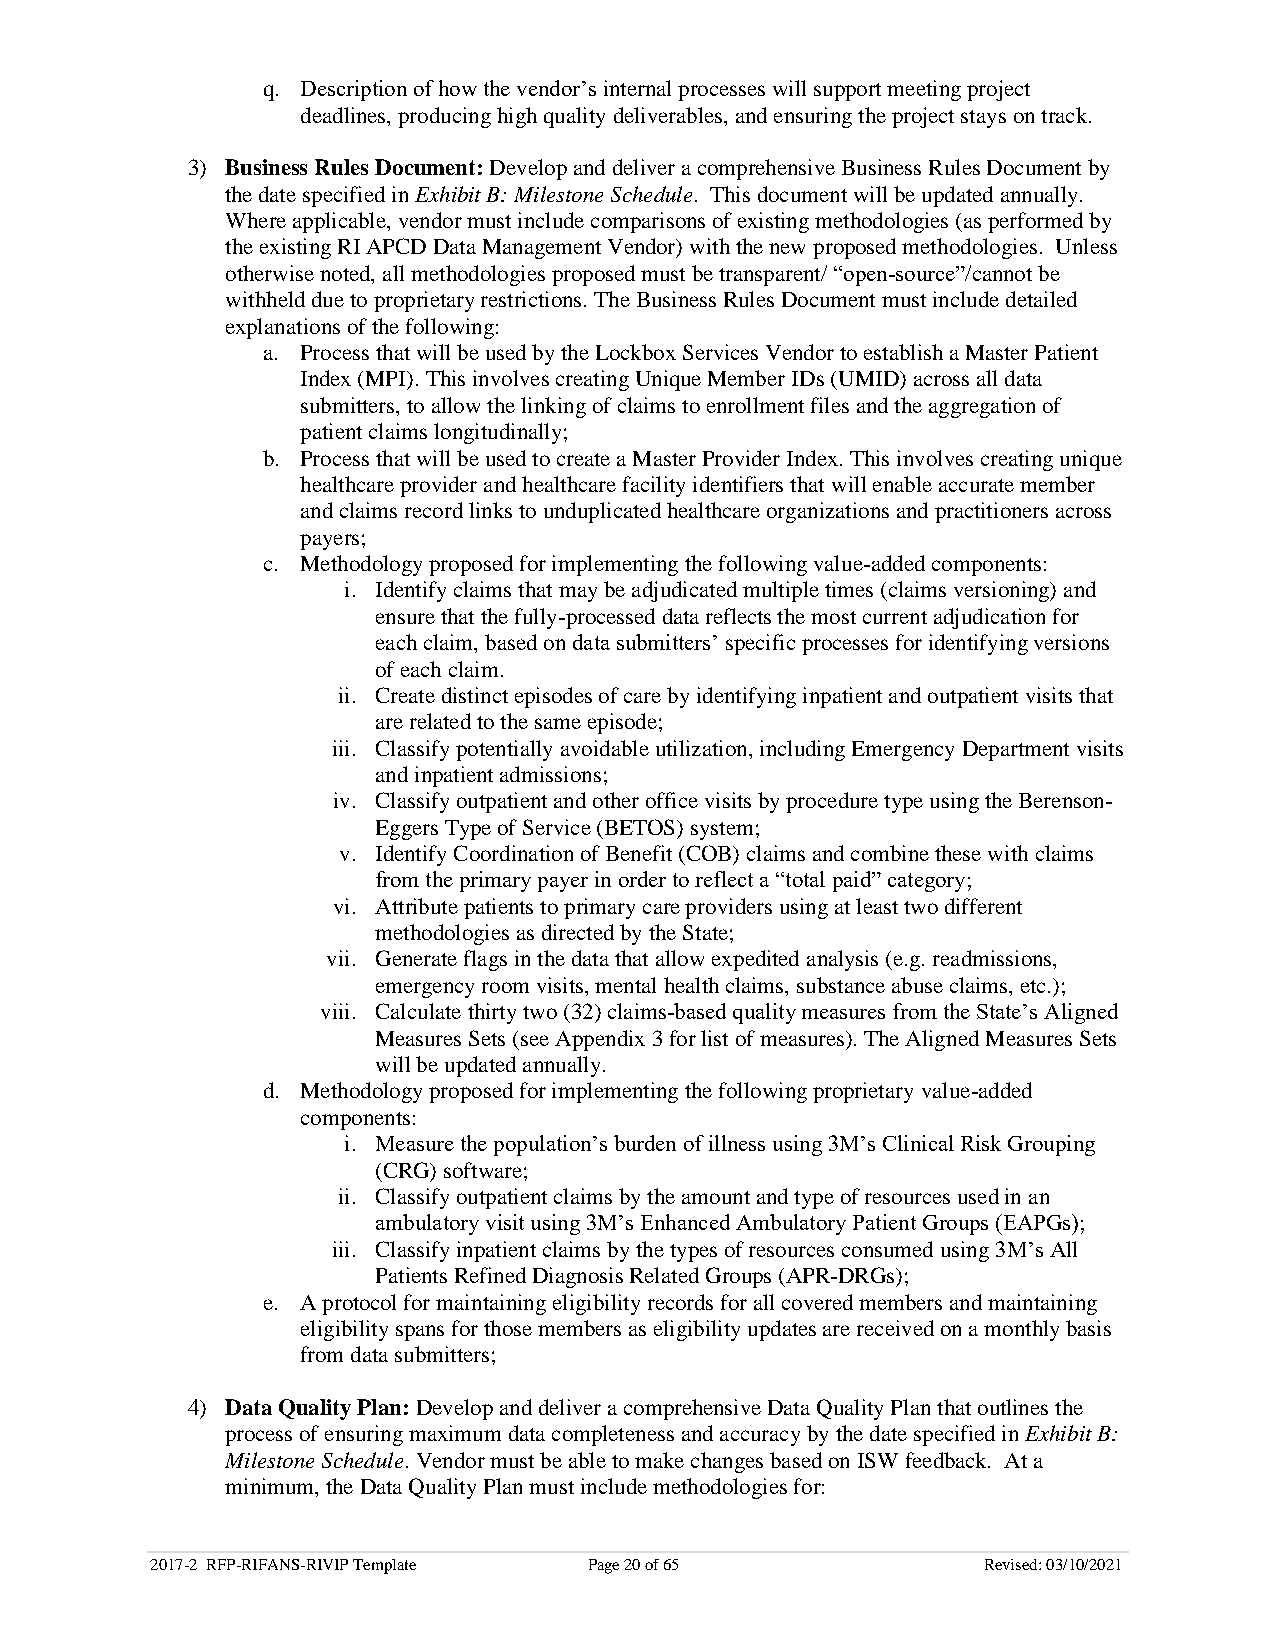
q. Description of how the vendor’s internal processes will support meeting project
 deadlines, producing high quality deliverables, and ensuring the project stays on track.
 3) Business Rules Document: Develop and deliver a comprehensive Business Rules Document by
 the date specified in Exhibit B: Milestone Schedule. This document will be updated annually.
 Where applicable, vendor must include comparisons of existing methodologies (as performed by
 the existing RI APCD Data Management Vendor) with the new proposed methodologies. Unless
 otherwise noted, all methodologies proposed must be transparent/ “open-source”/cannot be
 withheld due to proprietary restrictions. The Business Rules Document must include detailed
 explanations of the following:
 a. Process that will be used by the Lockbox Services Vendor to establish a Master Patient
 Index (MPI). This involves creating Unique Member IDs (UMID) across all data
 submitters, to allow the linking of claims to enrollment files and the aggregation of
 patient claims longitudinally;
 b. Process that will be used to create a Master Provider Index. This involves creating unique
 healthcare provider and healthcare facility identifiers that will enable accurate member
 and claims record links to unduplicated healthcare organizations and practitioners across
 payers;
 c. Methodology proposed for implementing the following value-added components:
 i. Identify claims that may be adjudicated multiple times (claims versioning) and
 ensure that the fully-processed data reflects the most current adjudication for
 each claim, based on data submitters’ specific processes for identifying versions
 of each claim.
 ii. Create distinct episodes of care by identifying inpatient and outpatient visits that
 are related to the same episode;
 iii. Classify potentially avoidable utilization, including Emergency Department visits
 and inpatient admissions;
 iv. Classify outpatient and other office visits by procedure type using the Berenson-
 Eggers Type of Service (BETOS) system;
 v. Identify Coordination of Benefit (COB) claims and combine these with claims
 from the primary payer in order to reflect a “total paid” category;
 vi. Attribute patients to primary care providers using at least two different
 methodologies as directed by the State;
 vii. Generate flags in the data that allow expedited analysis (e.g. readmissions,
 emergency room visits, mental health claims, substance abuse claims, etc.);
 viii. Calculate thirty two (32) claims-based quality measures from the State’s Aligned
 Measures Sets (see Appendix 3 for list of measures). The Aligned Measures Sets
 will be updated annually.
 d. Methodology proposed for implementing the following proprietary value-added
 components:
 i. Measure the population’s burden of illness using 3M’s Clinical Risk Grouping
 (CRG) software;
 ii. Classify outpatient claims by the amount and type of resources used in an
 ambulatory visit using 3M’s Enhanced Ambulatory Patient Groups (EAPGs);
 iii. Classify inpatient claims by the types of resources consumed using 3M’s All
 Patients Refined Diagnosis Related Groups (APR-DRGs);
 e. A protocol for maintaining eligibility records for all covered members and maintaining
 eligibility spans for those members as eligibility updates are received on a monthly basis
 from data submitters;
 4) Data Quality Plan: Develop and deliver a comprehensive Data Quality Plan that outlines the
 process of ensuring maximum data completeness and accuracy by the date specified in Exhibit B:
 Milestone Schedule. Vendor must be able to make changes based on ISW feedback. At a
 minimum, the Data Quality Plan must include methodologies for:
 2017-2 RFP-RIFANS-RIVIP Template Page 20 of 65         Revised: 03/10/2021